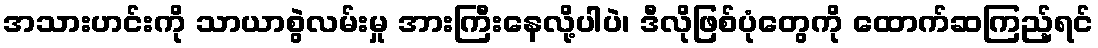
အသားဟင်းကို သာယာစွဲလမ်းမှု အားကြီးနေလို့ပါပဲ၊ ဒီလိုဖြစ်ပုံတွေကို ထောက်ဆကြည့်ရင်